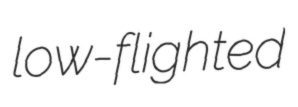
low-flighted